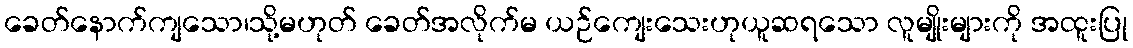
ခေတ်နောက်ကျသော၊သို့မဟုတ် ခေတ်အလိုက်မ ယဉ်ကျေးသေးဟုယူဆရသော လူမျိုးများကို အထူးပြု